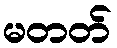
မတတ်